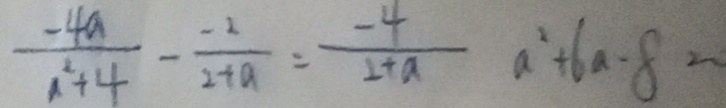
\frac { - 4 a } { a ^ { 2 } + 4 } - \frac { - 2 } { 2 + a } = \frac { - 4 } { 2 + a } a ^ { 2 } + 6 a - 8 =